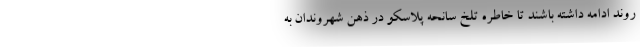
روند ادامه داشته باشند تا خاطره تلخ سانحه پلاسکو در ذهن شهروندان به